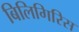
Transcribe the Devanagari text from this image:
बिलिगिरिस